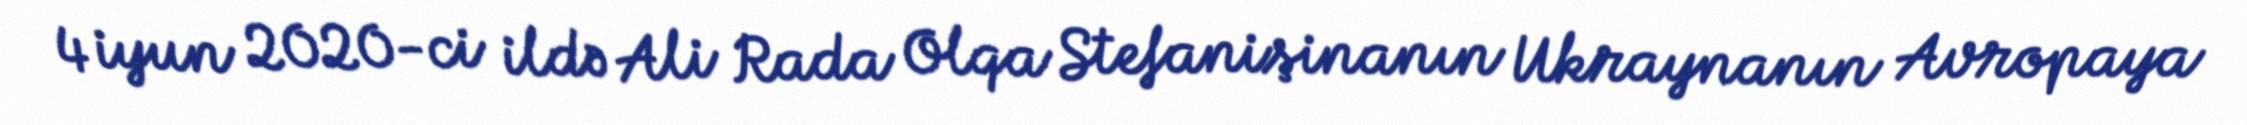
4 iyun 2020-ci ildə Ali Rada Olqa Stefanişinanın Ukraynanın Avropaya